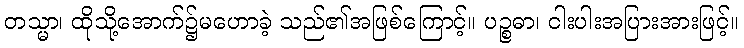
တသ္မာ၊ ထိုသို့အောက်၌မဟောခဲ့ သည်၏အဖြစ်ကြောင့်။ ပဉ္စဓာ၊ ငါးပါးအပြားအားဖြင့်။